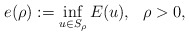
\begin{align*}e(\rho):=\inf_{u\in S_{\rho}}E(u),\ \ \rho>0,\end{align*}